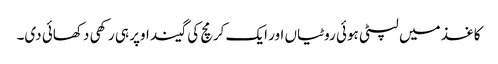
کاغذ میں لپٹی ہوئی روٹیاں اور ایک کرمچ کی گیند اوپر ہی رکھی دکھائی دی۔